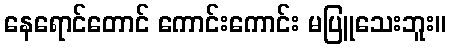
နေရောင်တောင် ကောင်းကောင်း မပြူသေးဘူး။